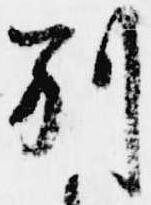
別